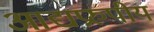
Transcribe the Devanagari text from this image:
आद्यप्ररुपीय